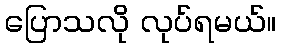
ပြောသလို လုပ်ရမယ်။